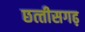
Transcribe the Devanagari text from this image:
छत्‍तीसगढ़़